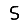
Digit: 5